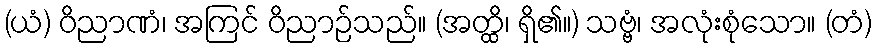
(ယံ) ဝိညာဏံ၊ အကြင် ဝိညာဉ်သည်။ (အတ္ထိ၊ ရှိ၏။) သဗ္ဗံ၊ အလုံးစုံသော။ (တံ)